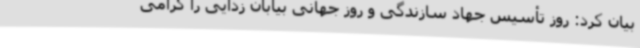
بیان کرد: روز تأسیس جهاد سازندگی و روز جهانی بیابان زدایی را گرامی